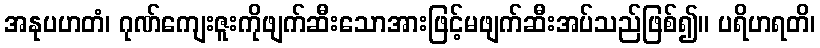
အနုပဟတံ၊ ဂုဏ်ကျေးဇူးကိုဖျက်ဆီးသောအားဖြင့်မဖျက်ဆီးအပ်သည်ဖြစ်၍။ ပရိဟရတိ၊